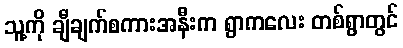
သူ့ကို ချီချက်စကားအနီးက ရွာကလေး တစ်ရွာတွင်